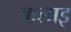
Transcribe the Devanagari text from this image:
बालाइ